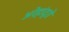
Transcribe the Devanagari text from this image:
अरेहांद्रो